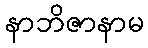
နာဘိဇာနာမ